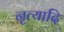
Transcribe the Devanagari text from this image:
नृत्यादि